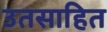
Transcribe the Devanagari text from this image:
उतसाहित